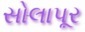
સોલાપૂર